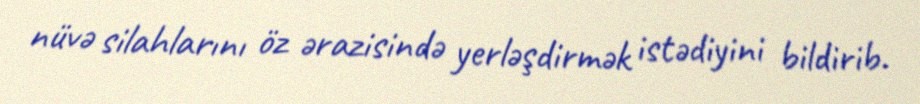
nüvə silahlarını öz ərazisində yerləşdirmək istədiyini bildirib.